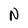
Character: N